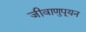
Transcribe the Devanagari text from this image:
जीवाणुपूयन